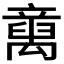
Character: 𱷭